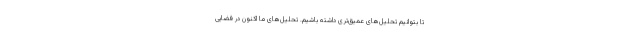
تا بتوانیم تحلیل‌های عمیق‌تری داشته باشیم. تحلیل‌های ما اکنون در فضایی